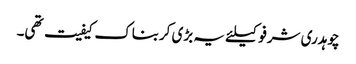
چوہدری شرفو کیلئے یہ بڑی کربناک کیفیت تھی۔